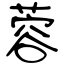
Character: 蓉